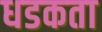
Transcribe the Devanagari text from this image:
धडकता